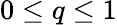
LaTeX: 0\leq q\leq 1